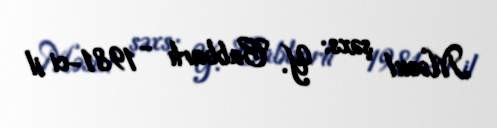
Məsul şəxs: Y. Cabbarlı - 1981-ci il